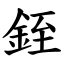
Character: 銍